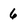
Character: 6